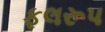
ફલરૂપ